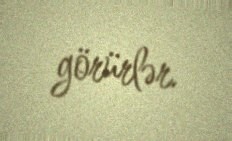
görürlər.